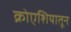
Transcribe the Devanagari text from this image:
क्रोएशियातून